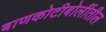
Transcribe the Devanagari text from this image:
बाणकोटीबोलींतील